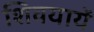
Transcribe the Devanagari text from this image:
शिवयायें